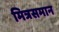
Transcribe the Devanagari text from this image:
मित्रसमान